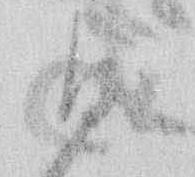
ひ